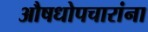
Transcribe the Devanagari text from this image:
औषधोपचारांना